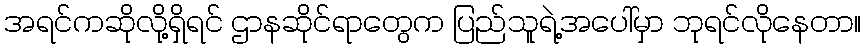
အရင်ကဆိုလို့ရှိရင် ဌာနဆိုင်ရာတွေက ပြည်သူရဲ့အပေါ်မှာ ဘုရင်လိုနေတာ။